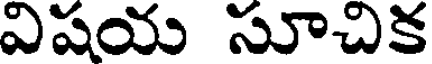
విషయ సూచిక